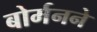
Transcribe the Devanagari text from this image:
बोर्मनने